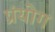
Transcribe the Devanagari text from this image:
प्रंयोग